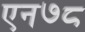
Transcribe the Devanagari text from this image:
एन७८